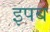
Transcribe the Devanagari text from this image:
इपब